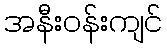
အနီးဝန်းကျင်